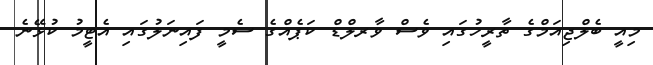
މިއީ ބެލްޖިއަމްގެ ތާރީހުގައި ވެސް ވާރލްޑް ކަޕެއްގެ ސެމީ ފައިނަލުގައި އެޓީމު ކުޅޭނެ